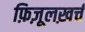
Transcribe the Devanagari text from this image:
फ़िज़ूलख़र्च